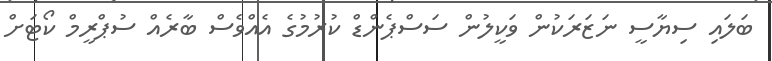
ބަލައި ސިޔާސީ ނަޒަރަކުން ވަކީލުން ސަސްޕެންޑް ކުރުމުގެ އެއްވެސް ބާރެއް ސުޕްރީމް ކޯޓަށް